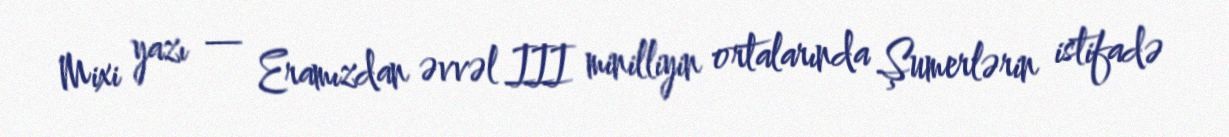
Mixi yazı — Eramızdan əvvəl III minilliyin ortalarında Şumerlərin istifadə